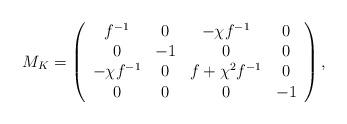
LaTeX: \begin{align*}M_{K}=\left(\begin{array}{cccc}f^{-1}&0&-\chi f^{-1}&0\\ 0&-1&0&0\\ -\chi f^{-1}&0&f+\chi^2f^{-1}&0\\ 0&0&0&-1\\\end{array}\right) , \end{align*}